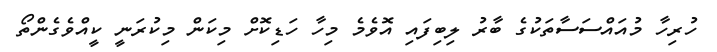
ހުރިހާ މުއައްސަސާތަކުގެ ބާރު ލިބިފައި އޮވެމެ މިހާ ހަޑިކޮށް މިކަން މިކުރަނީ ކީއްވެގެންތޯ